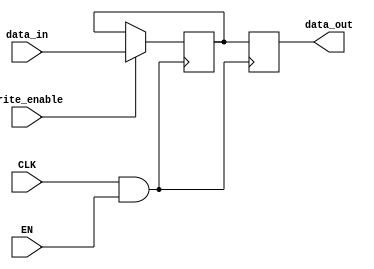
module conditional_clock_gating (
    input wire CLK,        // Primary clock signal
    input wire EN,         // Enable signal for clock gating
    input wire [7:0] data_in, // Data input for the memory block
    input wire write_enable,   // Write enable signal
    output reg [7:0] data_out   // Data output from the memory block
);

// Gated clock signal
wire GCLK;

// Gating logic - AND gate for clock gating
assign GCLK = CLK & EN;

// Memory block
reg [7:0] memory [0:15]; // Example: 16 x 8-bit memory

// Write operation - triggered on GCLK
always @(posedge GCLK) begin
    if (write_enable) begin
        memory[0] <= data_in; // Write data to memory (example, writing to address 0)
    end
end

// Read operation - triggered on GCLK
always @(posedge GCLK) begin
    data_out <= memory[0]; // Read data from memory (example, reading from address 0)
end

endmodule